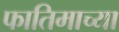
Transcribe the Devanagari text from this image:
फातिमाच्या